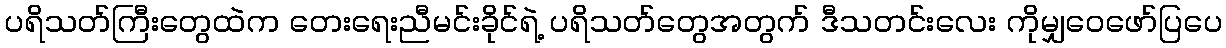
ပရိသတ်ကြီးတွေထဲက တေးရေးညီမင်းခိုင်ရဲ့ ပရိသတ်တွေအတွက် ဒီသတင်းလေး ကိုမျှဝေဖော်ပြပေ